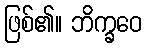
ဖြစ်၏။ ဘိက္ခဝေ